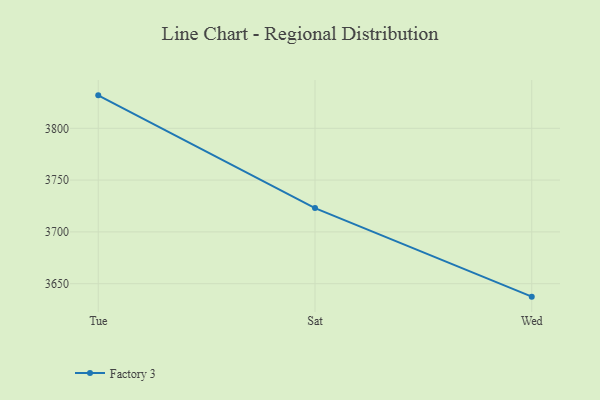
{"axis": {"x": "Day", "y": "Customer Acquisition Cost (USD)"}, "legend": ["Factory 3"], "data": [{"x": "Tue", "y": 3831.8, "type": "Factory 3"}, {"x": "Sat", "y": 3723.0, "type": "Factory 3"}, {"x": "Wed", "y": 3637.5, "type": "Factory 3"}]}